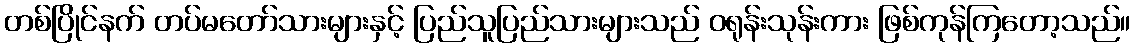
တစ်ပြိုင်နက် တပ်မတော်သားများနှင့် ပြည်သူပြည်သားများသည် ဝရုန်းသုန်းကား ဖြစ်ကုန်ကြတော့သည်။